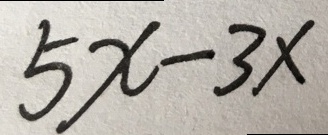
5 x - 3 x